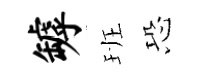
罅班恐